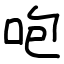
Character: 咆